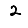
Digit: 2